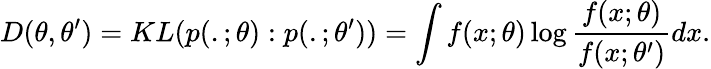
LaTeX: D(\theta,\theta^{\prime})=KL(p(.;\theta):p(.;\theta^{\prime}))=\int f(x;\theta)\log{\frac{f(x;\theta)}{f(x;\theta^{\prime})}}dx.